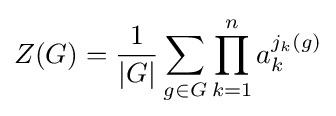
Z(G)={\frac {1}{|G|}}\sum _{g\in G}\prod _{k=1}^{n}a_{k}^{j_{k}(g)}